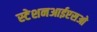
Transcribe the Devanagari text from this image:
स्टेशनआईएसओ